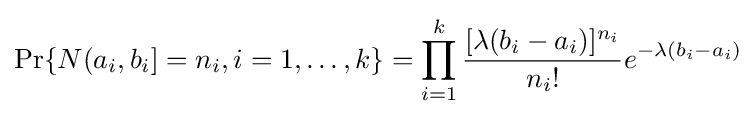
\Pr\{N(a_{i},b_{i}]=n_{i},i=1,\dots ,k\}=\prod _{i=1}^{k}{\frac {[\lambda (b_{i}-a_{i})]^{n_{i}}}{n_{i}!}}e^{-\lambda (b_{i}-a_{i})}